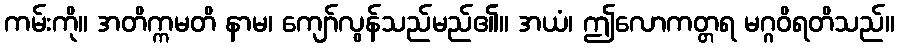
ကမ်းကို။ အတိက္ကမတိ နာမ၊ ကျော်လွန်သည်မည်၏။ အယံ၊ ဤလောကတ္တရ မဂ္ဂဝိရတိသည်။